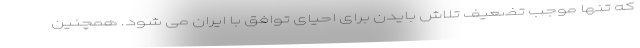
که تنها موجب تضعیف تلاش بایدن برای احیای توافق با ایران می شود. همچنین